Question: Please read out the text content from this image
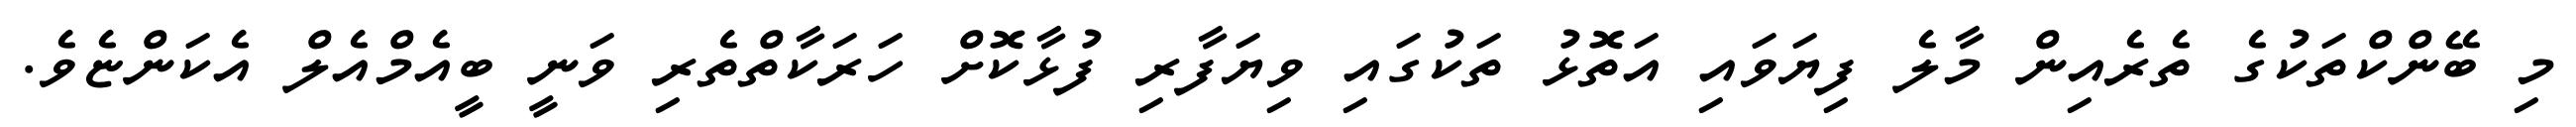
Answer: މި ބޭންކްތަކުގެ ތެރެއިން މާލެ ފިޔަވައި އަތޮޅު ތަކުގައި ވިޔަފާރި ފުޅާކޮށް ހަރަކާތްތެރި ވަނީ ބީއެމްއެލް އެކަންޏެވެ.